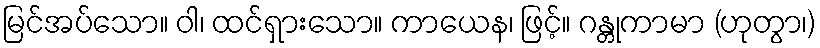
မြင်အပ်သော။ ဝါ၊ ထင်ရှားသော။ ကာယေန၊ ဖြင့်။ ဂန္တုကာမာ (ဟုတွာ၊)